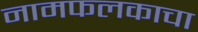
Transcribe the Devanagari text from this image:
नामफलकाचा